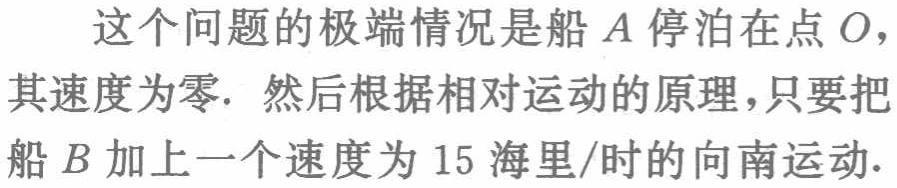
这个问题的极端情况是船 \(A\) 停泊在点 \(O\)，其速度为零. 然后根据相对运动的原理，只要把船 \(B\) 加上一个速度为 \(15\) 海里/时的向南运动.